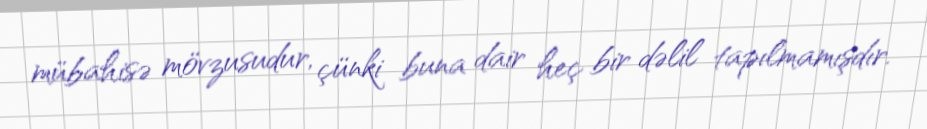
mübahisə mövzusudur, çünki buna dair heç bir dəlil tapılmamışdır.